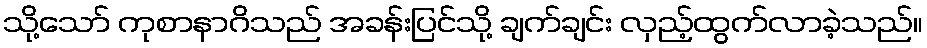
သို့သော် ကုစာနာဂိသည် အခန်းပြင်သို့ ချက်ချင်း လှည့်ထွက်လာခဲ့သည်။